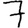
Digit: 7